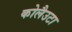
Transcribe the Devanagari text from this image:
कोलैउटा